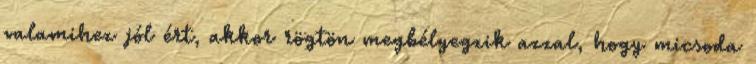
valamihez jól ért, akkor rögtön megbélyegzik azzal, hogy micsoda